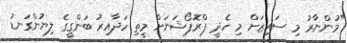
"މުންނާރު މި ސައިޒަށް މި ހެދީ ޕްރޮޕޯޝަނަށް މީތި ހަދާއިރު ބަންގީގެ ލިޔުންގަނޑު